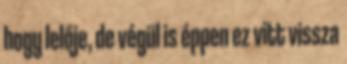
hogy lelője, de végül is éppen ez vitt vissza